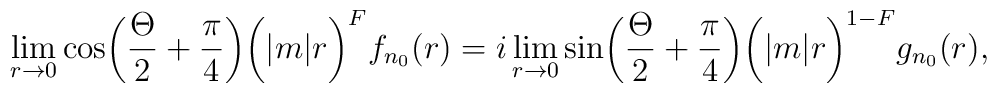
\lim_{r\to0}\cos\biggl({\Theta\over2}+{\pi\over4}\biggr)\biggl(|m|r\biggr)^Ff_{n_0}(r)=i\lim_{r\to0}\sin\biggl({\Theta\over2}+{\pi\over4}\biggr)\biggl(|m|r\biggr)^{1-F}g_{n_0}(r),